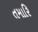
તમારિ